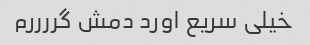
خیلی سریع اورد دمش گررررم